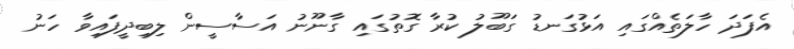
އެފަދަ ހާލަތެއްގައި އަޅުގަނޑު ގަބޫލު ކުރާ ގޮތުގައި ގާނޫނު އަސާސީން ލިބިދީފައިވާ ހަނު